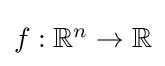
{\textstyle f:\mathbb {R} ^{n}\to \mathbb {R} }